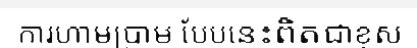
ការហាមប្រាម បែបនេះពិតជាខុស